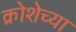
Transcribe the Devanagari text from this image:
क्रोशेच्या